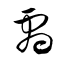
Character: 劇